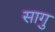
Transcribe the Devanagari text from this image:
सागु